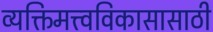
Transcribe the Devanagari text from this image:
व्यक्तिमत्त्वविकासासाठी